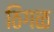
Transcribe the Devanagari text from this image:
ठिगळ